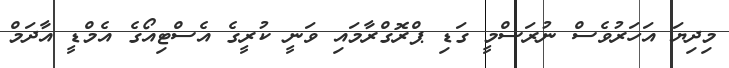
މިދިޔަ އަހަރުވެސް ނުރަސްމީ ގަޑި ޕްރޮގްރާމައި ވަނީ ކުރީގެ އެސްޓިއޯގެ އެމްޑީ އާދަމް